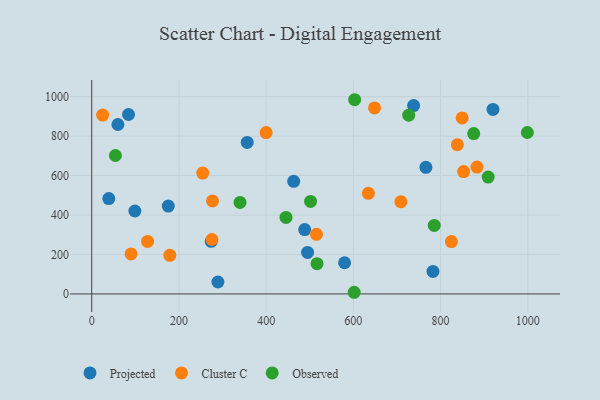
{"axis": {"x": "Price", "y": "Fuel Efficiency"}, "legend": ["Cluster C", "Observed", "Projected"], "data": [{"x": "495.0", "y": 210.4, "type": "Projected"}, {"x": "99.0", "y": 420.5, "type": "Projected"}, {"x": "60.0", "y": 859.1, "type": "Projected"}, {"x": "579.9", "y": 158.1, "type": "Projected"}, {"x": "738.2", "y": 955.1, "type": "Projected"}, {"x": "175.6", "y": 445.2, "type": "Projected"}, {"x": "84.4", "y": 909.7, "type": "Projected"}, {"x": "766.4", "y": 642.1, "type": "Projected"}, {"x": "289.4", "y": 60.4, "type": "Projected"}, {"x": "782.6", "y": 114.0, "type": "Projected"}, {"x": "463.2", "y": 570.7, "type": "Projected"}, {"x": "920.2", "y": 935.5, "type": "Projected"}, {"x": "488.4", "y": 326.1, "type": "Projected"}, {"x": "274.0", "y": 266.9, "type": "Projected"}, {"x": "356.6", "y": 768.1, "type": "Projected"}, {"x": "39.1", "y": 483.5, "type": "Projected"}, {"x": "648.5", "y": 942.9, "type": "Cluster C"}, {"x": "254.6", "y": 612.5, "type": "Cluster C"}, {"x": "277.0", "y": 471.4, "type": "Cluster C"}, {"x": "838.6", "y": 756.9, "type": "Cluster C"}, {"x": "852.8", "y": 620.5, "type": "Cluster C"}, {"x": "515.4", "y": 302.4, "type": "Cluster C"}, {"x": "90.3", "y": 202.7, "type": "Cluster C"}, {"x": "275.7", "y": 276.0, "type": "Cluster C"}, {"x": "709.0", "y": 467.5, "type": "Cluster C"}, {"x": "179.1", "y": 195.7, "type": "Cluster C"}, {"x": "883.5", "y": 643.0, "type": "Cluster C"}, {"x": "824.9", "y": 265.5, "type": "Cluster C"}, {"x": "849.5", "y": 892.2, "type": "Cluster C"}, {"x": "634.5", "y": 509.9, "type": "Cluster C"}, {"x": "128.1", "y": 266.0, "type": "Cluster C"}, {"x": "400.0", "y": 818.1, "type": "Cluster C"}, {"x": "25.0", "y": 907.0, "type": "Cluster C"}, {"x": "601.9", "y": 8.3, "type": "Observed"}, {"x": "785.5", "y": 347.4, "type": "Observed"}, {"x": "516.7", "y": 153.4, "type": "Observed"}, {"x": "999.1", "y": 818.5, "type": "Observed"}, {"x": "340.1", "y": 463.7, "type": "Observed"}, {"x": "54.3", "y": 701.9, "type": "Observed"}, {"x": "501.8", "y": 468.8, "type": "Observed"}, {"x": "603.0", "y": 984.7, "type": "Observed"}, {"x": "727.0", "y": 906.6, "type": "Observed"}, {"x": "876.0", "y": 813.2, "type": "Observed"}, {"x": "909.2", "y": 592.5, "type": "Observed"}, {"x": "445.6", "y": 387.7, "type": "Observed"}]}